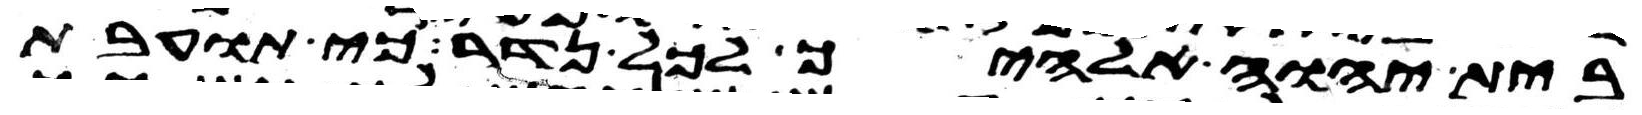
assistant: בית יהוה אלהיך לכל נדר כי תועבת